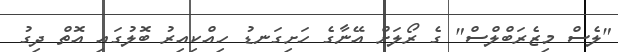
"ލެސް މިޒެރަބްލްސް" ގެ ރޯލަށް އޭނާގެ ހަށިގަނޑު ހިއްކިއިރު ބޮލުގައި އޮތް ދިގު